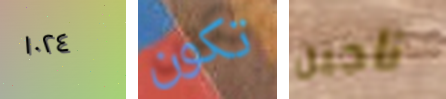
١٠٢٤ تكون ناجين